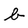
Character: b